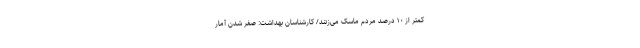
کمتر از ۱۰ درصد مردم ماسک می‌زنند/ کارشناسان بهداشت: صفر شدن آمار